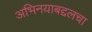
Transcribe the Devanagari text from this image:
अभिनयाबद्दलचा